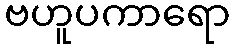
ဗဟူပကာရော